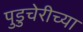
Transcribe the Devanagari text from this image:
पुडुचेरीच्या